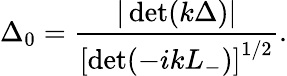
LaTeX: \Delta_{0}=\frac{|\operatorname*{det}(k\Delta)|}{\left[\operatorname*{det}(-ikL_{-})\right]^{1/2}}.